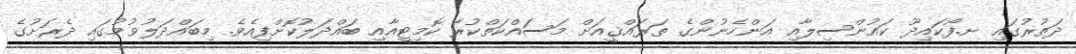
ދަތުރުގައި ށ.ފޯކައިދޫ ކައުންސިލާއި އަންހެނުންގެ ތަރައްޤީއަށް މަސައްކަތްކުރާ ކޮމިޓީއާއި ބައްދަލުކޮށްފިއެވެ. މިބައްދަލުވުމުގައި ދެރަށުގެ